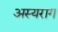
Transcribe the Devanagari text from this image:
अस्यराग